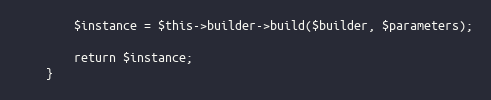
Language: PHP
		$instance = $this->builder->build($builder, $parameters);

		return $instance;
	}